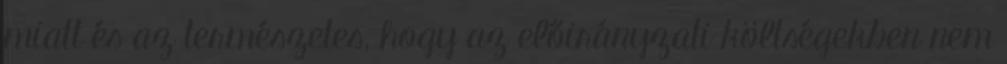
miatt és az természetes, hogy az előirányzati költségekben nem